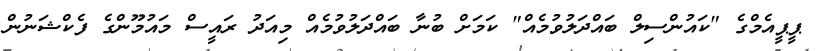
ޕީޕީއެމްގެ "ކައުންސިލް ބައްދަލުވުމެއް" ކަމަށް ބުނާ ބައްދަލުވުމެއް މިއަދު ރައީސް މައުމޫންގެ ފެކްޝަނުން